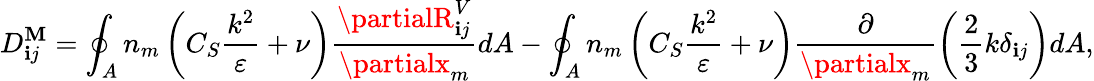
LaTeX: D_{\mathbf{i}j}^{\mathbf{M}}=\oint_{A}n_{m}\left(C_{S}\frac{{k^{2}}}{{\varepsilon}}+\nu\right)\frac{{\partialR_{\mathbf{i}j}^{V}}}{{\partialx_{m}}}dA-\oint_{A}n_{m}\left(C_{S}\frac{{k^{2}}}{{\varepsilon}}+\nu\right)\frac{{\partial}}{{\partialx_{m}}}\left(\frac{{2}}{{3}}k\delta_{\mathbf{i}j}\right)dA,